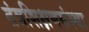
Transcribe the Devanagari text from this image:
तंत्रशिक्षणसंस्था